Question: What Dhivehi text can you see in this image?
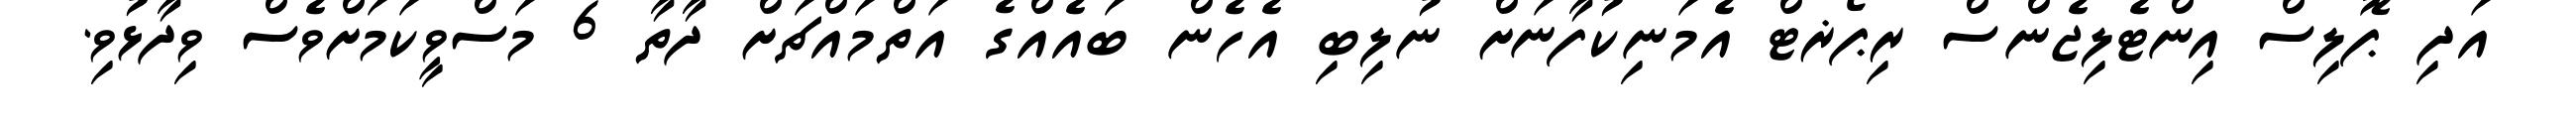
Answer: އަދި ޕޮލިސް އިންޓެލިޖެންސް ރިޕޯޜޓް އެމަނިކުފާނަށް ނުލިބި އެހެން ބައެއްގެ އަތްމައްޗަށް ދާތާ 6 މަސްވީކަމަށްވެސް ވިދާޅުވި.